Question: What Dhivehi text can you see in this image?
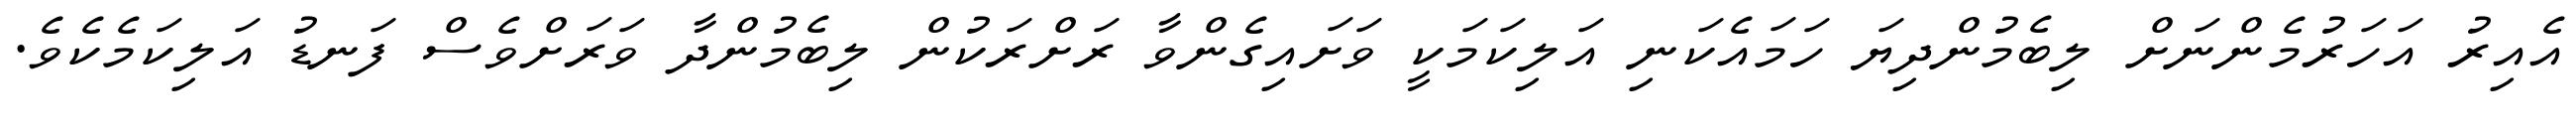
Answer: އެއިރު އަހަރުމެންނަށް ލިބެމުންދިޔަ ހަމައެކަނި އަލިކަމަކީ ވަށައިގެންވާ ރަށްރަކުން ލިބެމުންދާ ވަރަށްވެސް ފަނޑު އަލިކަމެކެވެ.